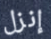
إنزل